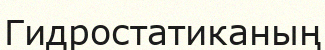
Гидростатиканың